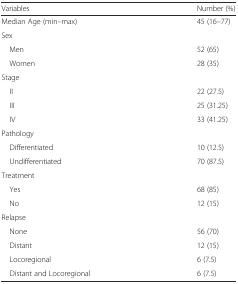
| Variables | Number (%) |
 | --- | --- |
 | Median Age (min–max) | 45 (16–77) |
 | <COLSPAN=2> Sex |
 | Men | 52 (65) |
 | Women | 28 (35) |
 | <COLSPAN=2> Stage |
 | II | 22 (27.5) |
 | III | 25 (31.25) |
 | IV | 33 (41.25) |
 | <COLSPAN=2> Pathology |
 | Differentiated | 10 (12.5) |
 | Undifferentiated | 70 (87.5) |
 | <COLSPAN=2> Treatment |
 | Yes | 68 (85) |
 | No | 12 (15) |
 | <COLSPAN=2> Relapse |
 | None | 56 (70) |
 | Distant | 12 (15) |
 | Locoregional | 6 (7.5) |
 | Distant and Locoregional | 6 (7.5) |